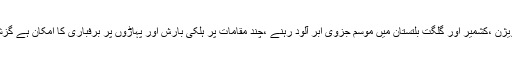
محکمہ موسمیات کے مطابق آئندہ چوبیس گھنٹوں کے دوران ہزارہ، مالاکنڈ ڈویژن ،کشمیر اور گلگت بلتستان میں موسم جزوی ابر آلود رہنے ،چند مقامات پر ہلکی بارش اور پہاڑوں پر برفباری کا امکان ہے گزشتہ روز سب سے کم درجہ حرار ت قلات میں منفی 11ڈگری ریکارڈ کیا گیا۔